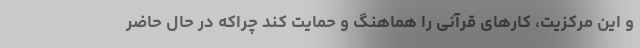
و این مرکزیت، کارهای قرآنی را هماهنگ و حمایت کند چراکه در حال حاضر